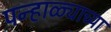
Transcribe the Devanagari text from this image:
पन्हाळ्याच्या